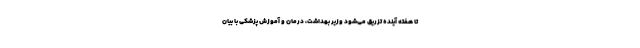
تا هفته آینده تزریق می‌شود وزیر بهداشت، درمان و آموزش پزشکی با بیان